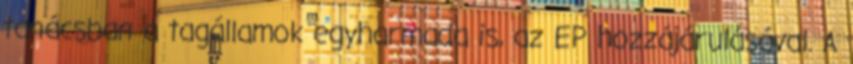
tanácsban a tagállamok egyharmada is, az EP hozzájárulásával. A